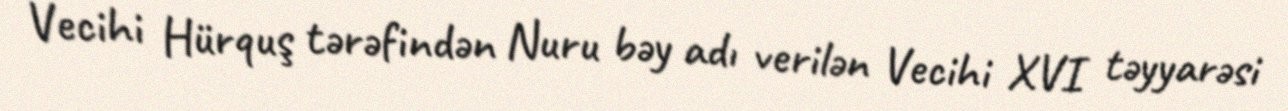
Vecihi Hürquş tərəfindən Nuru bəy adı verilən Vecihi XVI təyyarəsi